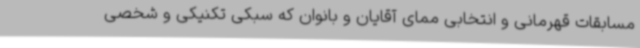
مسابقات قهرمانی و انتخابی ممای آقایان و بانوان که سبکی تکنیکی و شخصی